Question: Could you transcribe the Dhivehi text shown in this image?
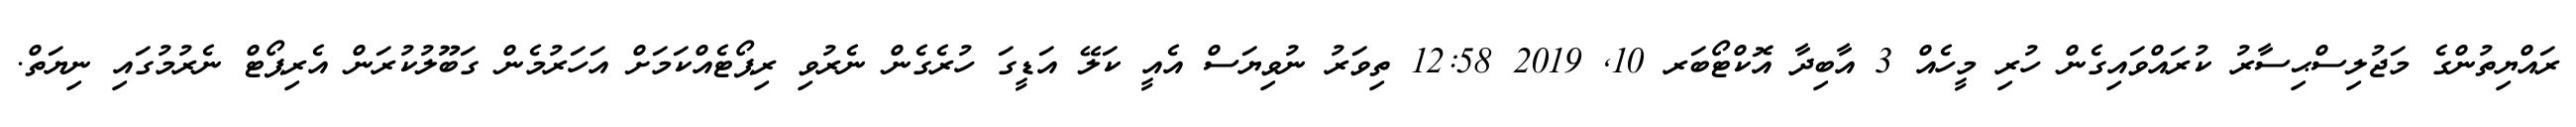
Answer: ރައްޔިތުންގެ މަޖުލިސްޙިސާރު ކުރައްވައިގެން ހުރި މީހެއް 3 އާބިދާ އޮކްޓޯބަރ 10, 2019 12:58 ތިވަރު ނުވިޔަސް އެއީ ކަލޭ އަޑީގަ ހުރެގެން ނެރުވި ރިޕޯޓެއްކަމަށް އަހަރުމެން ގަބޫލުކުރަން އެރިޕޯޓް ނެރުމުގައި ނިޔަތް.